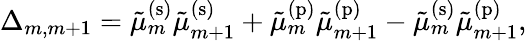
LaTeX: \Delta_{m,m+1}=\tilde{\mu}_{m}^{\mathrm{(s)}}\tilde{\mu}_{m+1}^{\mathrm{(s)}}+\tilde{\mu}_{m}^{\mathrm{(p)}}\tilde{\mu}_{m+1}^{\mathrm{(p)}}-\tilde{\mu}_{m}^{\mathrm{(s)}}\tilde{\mu}_{m+1}^{\mathrm{(p)}},